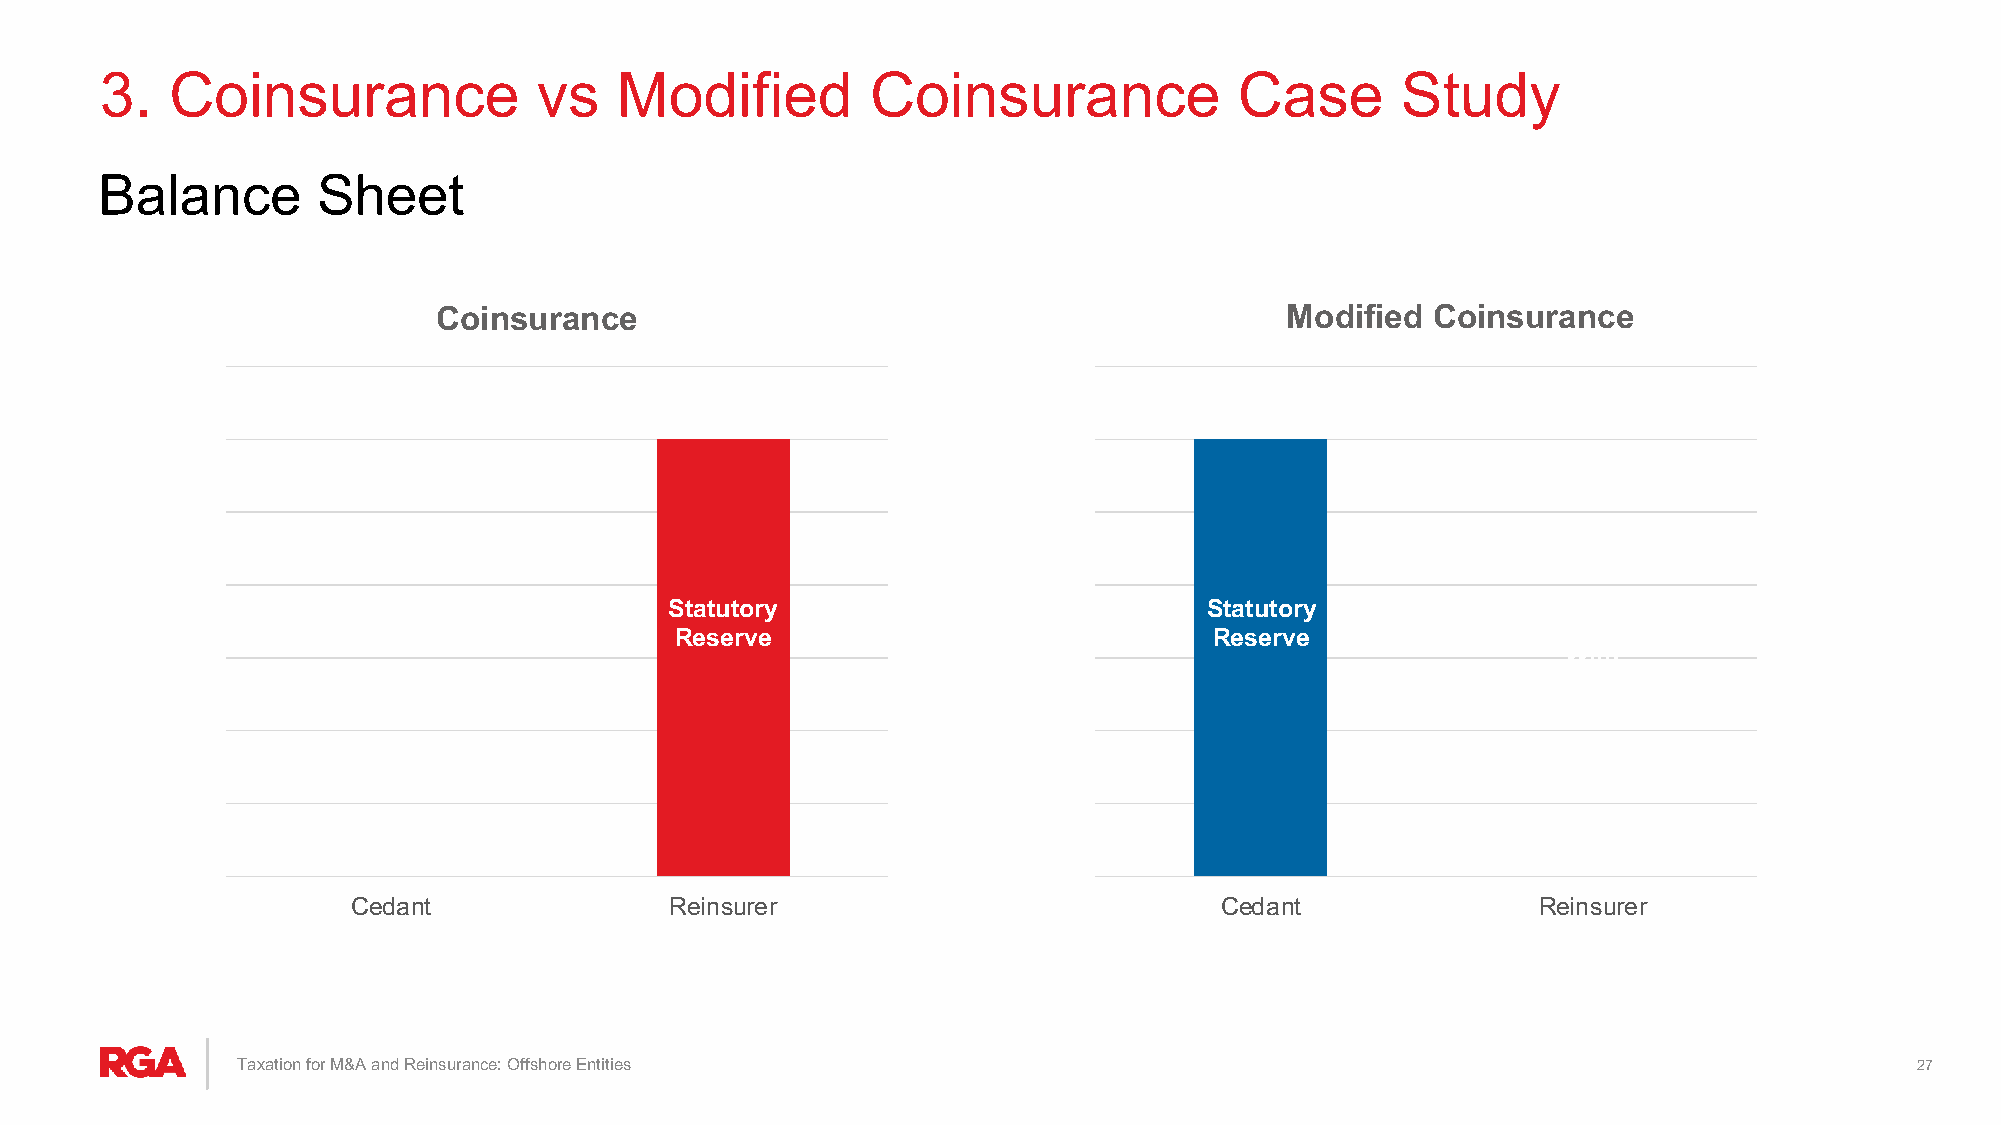
3.  Coinsurance              vs   Modified         Coinsurance             Case       Study
 Balance       Sheet
 Coinsurance                                             Modified  Coinsurance
 Extra**
 Integrated
 Statutory                           Statutory
 Reserve
 Reserve                            Reserve
 With
 Surrender
 At Option
 Term
 Cedant               Reinsurer                            Cedant               Reinsurer
 Taxation for M&A and Reinsurance: Offshore Entities                                                            27